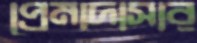
প্রেমাদাসার